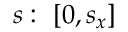
s : ~ [ 0 , s _ { x } ]